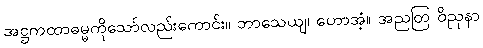
အဋ္ဌကထာဓမ္မကိုသော်လည်းကောင်း။ ဘာသေယျ၊ ဟောအံ့။ အညတြ ဝိညုနာ